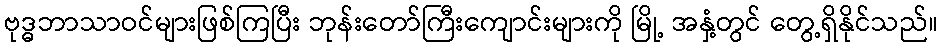
ဗုဒ္ဓဘာသာဝင်များဖြစ်ကြပြီး ဘုန်းတော်ကြီးကျောင်းများကို မြို့ အနှံ့တွင် တွေ့ရှိနိုင်သည်။